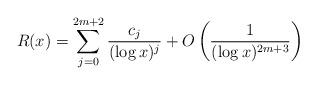
LaTeX: \begin{align*}R(x) = \sum_{j=0}^{2m+2}\frac{c_j}{(\log x)^j} + O\left(\frac{1}{(\log x)^{2m+3}}\right)\end{align*}